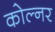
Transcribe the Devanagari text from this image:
कोल्नर